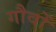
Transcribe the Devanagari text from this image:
गौवों